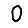
Digit: 0